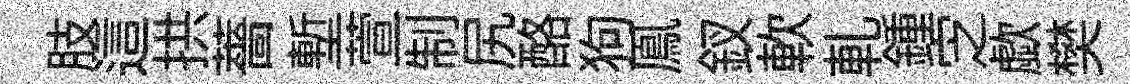
肢這拱薔塹萱制尻酪狗鳯釵軟軋鍾㝎歔樊